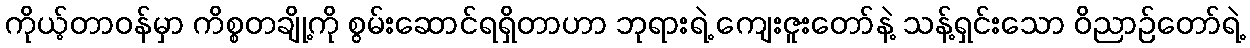
ကိုယ့်တာဝန်မှာ ကိစ္စတချို့ကို စွမ်းဆောင်ရရှိတာဟာ ဘုရားရဲ့ ကျေးဇူးတော်နဲ့ သန့်ရှင်းသော ဝိညာဉ်တော်ရဲ့